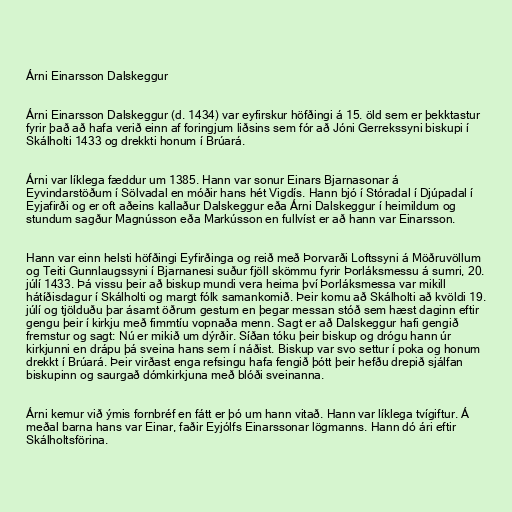
Árni Einarsson Dalskeggur

Árni Einarsson Dalskeggur (d. 1434) var eyfirskur höfðingi á 15. öld sem er þekktastur
fyrir það að hafa verið einn af foringjum liðsins sem fór að Jóni Gerrekssyni biskupi í
Skálholti 1433 og drekkti honum í Brúará.

Árni var líklega fæddur um 1385. Hann var sonur Einars Bjarnasonar á
Eyvindarstöðum í Sölvadal en móðir hans hét Vigdís. Hann bjó í Stóradal í Djúpadal í
Eyjafirði og er oft aðeins kallaður Dalskeggur eða Árni Dalskeggur í heimildum og
stundum sagður Magnússon eða Markússon en fullvíst er að hann var Einarsson.

Hann var einn helsti höfðingi Eyfirðinga og reið með Þorvarði Loftssyni á Möðruvöllum
og Teiti Gunnlaugssyni í Bjarnanesi suður fjöll skömmu fyrir Þorláksmessu á sumri, 20.
júlí 1433. Þá vissu þeir að biskup mundi vera heima því Þorláksmessa var mikill
hátíðisdagur í Skálholti og margt fólk samankomið. Þeir komu að Skálholti að kvöldi 19.
júlí og tjölduðu þar ásamt öðrum gestum en þegar messan stóð sem hæst daginn eftir
gengu þeir í kirkju með fimmtíu vopnaða menn. Sagt er að Dalskeggur hafi gengið
fremstur og sagt: Nú er mikið um dýrðir. Síðan tóku þeir biskup og drógu hann úr
kirkjunni en drápu þá sveina hans sem í náðist. Biskup var svo settur í poka og honum
drekkt í Brúará. Þeir virðast enga refsingu hafa fengið þótt þeir hefðu drepið sjálfan
biskupinn og saurgað dómkirkjuna með blóði sveinanna.

Árni kemur við ýmis fornbréf en fátt er þó um hann vitað. Hann var líklega tvígiftur. Á
meðal barna hans var Einar, faðir Eyjólfs Einarssonar lögmanns. Hann dó ári eftir
Skálholtsförina.